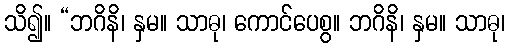
သိ၍။ “ဘဂိနိ၊ နှမ။ သာဓု၊ ကောင်ပေစွ။ ဘဂိနိ၊ နှမ။ သာဓု၊